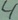
Text: 4